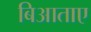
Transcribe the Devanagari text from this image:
बिआताए